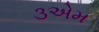
૩એમ